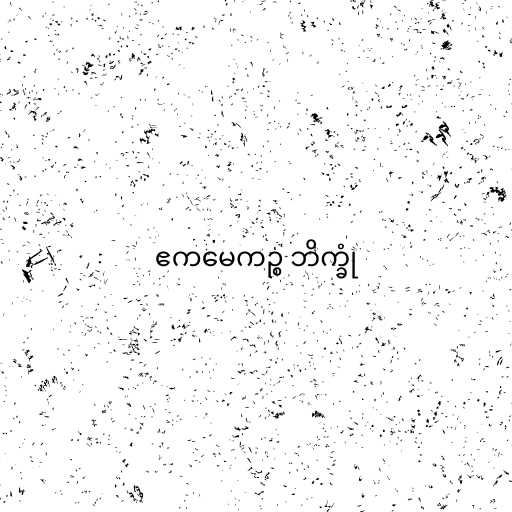
ဧကမေကဉ္စ ဘိက္ခုံ